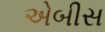
એબીસ